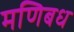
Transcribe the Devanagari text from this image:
मणिबध